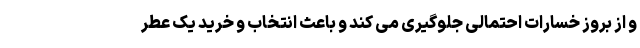
و از بروز خسارات احتمالی جلوگیری می کند و باعث انتخاب و خرید یک عطر